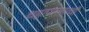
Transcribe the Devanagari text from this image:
चहापाण्याची